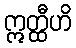
ဣတ္ထီဟိ